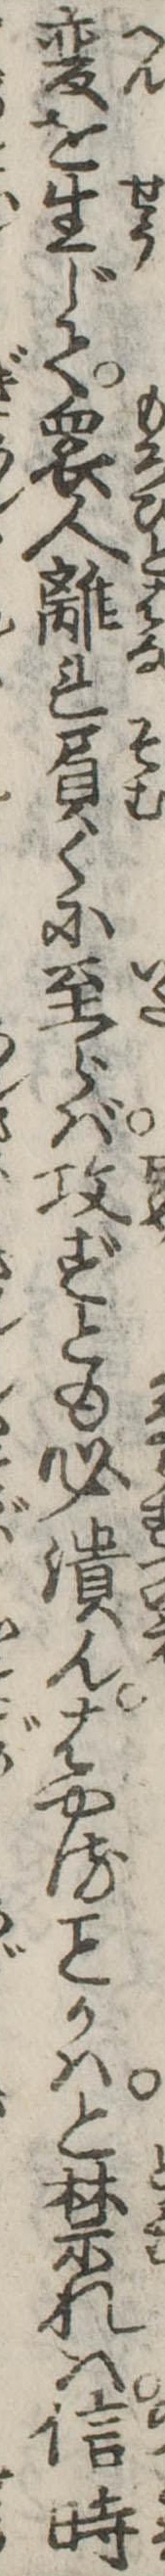
変を生じて衆人離れ負くに至らば攻ずとも必潰んはやるかはと禁れば信時